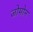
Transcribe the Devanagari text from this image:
जोमोन